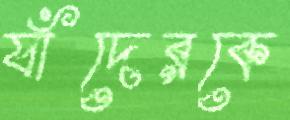
যাঁদেরকে